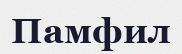
Памфил